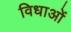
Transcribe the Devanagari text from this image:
विधाओं